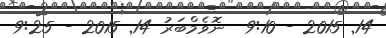
14